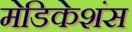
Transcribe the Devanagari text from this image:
मेडिकेशंस